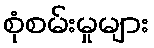
စုံစမ်းမှုများ